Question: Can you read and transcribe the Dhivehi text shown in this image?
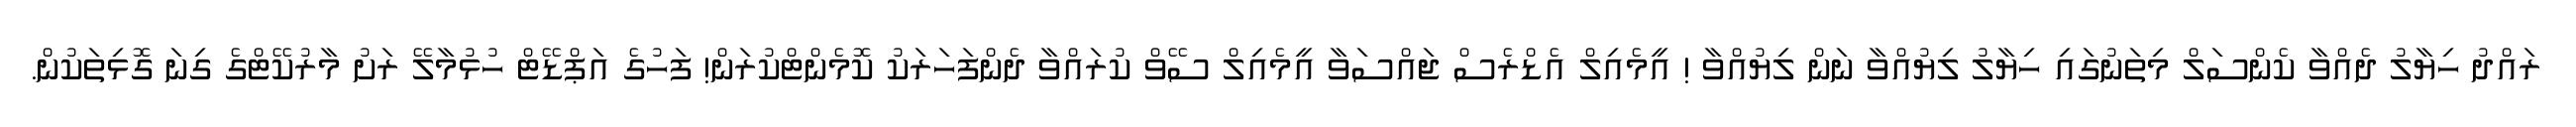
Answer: ރައްދު ހިޔާލު ދެއްވާ ކެންސަލް މިތަނުގައި ހިޔާލު ލިޔުއްވާ ނަން ލިޔުއްވާ ! އީމެއިލް އެޑްރެސް ޖައްސަވާ އީމެއިލް ސޭވް ކުރައްވާ ދެންފަހަރަކު ކޮމެންޓްކުރަން! ފަހުގެ އަޕްޑޭޓް ހުޅުމާލޭ ރަށު މާރުކޭޓްގެ ގިނަ ގޮޅިތަކުން.